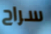
سراح